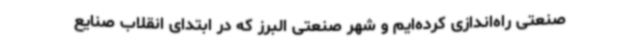
صنعتی راه‌اندازی کرده‌ایم و شهر صنعتی البرز که در ابتدای انقلاب صنایع